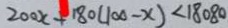
2 0 0 x + 1 8 0 ( 1 0 0 - x ) < 1 8 0 8 0